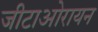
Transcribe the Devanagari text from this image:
जीटाओरायन